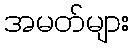
အမတ်များ